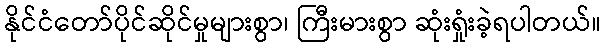
နိုင်ငံတော်ပိုင်ဆိုင်မှုများစွာ၊ ကြီးမားစွာ ဆုံးရှုံးခဲ့ရပါတယ်။